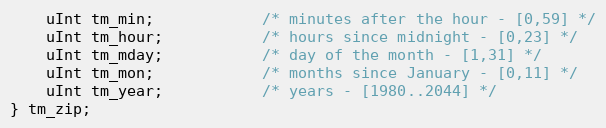
Language: C
    uInt tm_min;            /* minutes after the hour - [0,59] */
    uInt tm_hour;           /* hours since midnight - [0,23] */
    uInt tm_mday;           /* day of the month - [1,31] */
    uInt tm_mon;            /* months since January - [0,11] */
    uInt tm_year;           /* years - [1980..2044] */
} tm_zip;